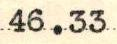
46.33